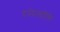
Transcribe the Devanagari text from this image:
दसेल्डॉर्फ